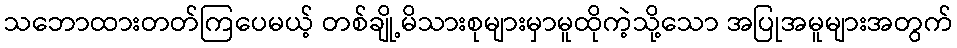
သဘောထားတတ်ကြပေမယ့် တစ်ချို့မိသားစုများမှာမူထိုကဲ့သို့သော အပြုအမူများအတွက်